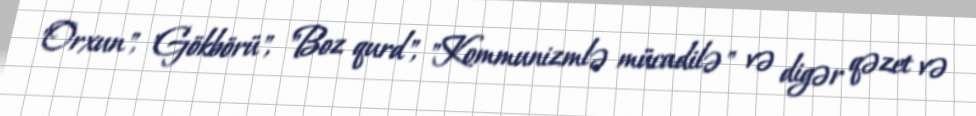
"Orxun", "Gökbörü", "Boz qurd", "Kommunizmlə mücadilə" və digər qəzet və